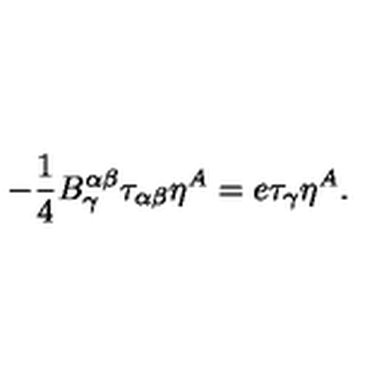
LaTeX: - { \frac { 1 } { 4 } } B _ { \gamma } ^ { \alpha \beta } \tau _ { \alpha \beta } \eta ^ { A } = e \tau _ { \gamma } \eta ^ { A } .